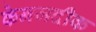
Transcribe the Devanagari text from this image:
केनजदीक